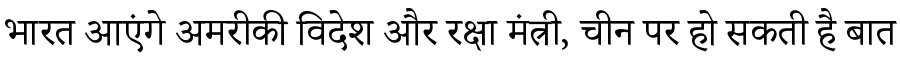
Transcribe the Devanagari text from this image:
भारत आएंगे अमरीकी विदेश और रक्षा मंत्री, चीन पर हो सकती है बात